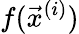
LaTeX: f(\vec{x}^{(i)})